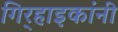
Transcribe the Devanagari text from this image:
गिर्‍हाइकांनी